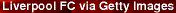
Liverpool FC via Getty Images